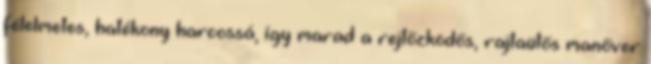
félelmetes, hatékony harcossá, így marad a rejtőzködős, rajtaütős manőver